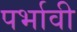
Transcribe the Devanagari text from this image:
पर्भावी